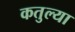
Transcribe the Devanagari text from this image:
कतुल्या